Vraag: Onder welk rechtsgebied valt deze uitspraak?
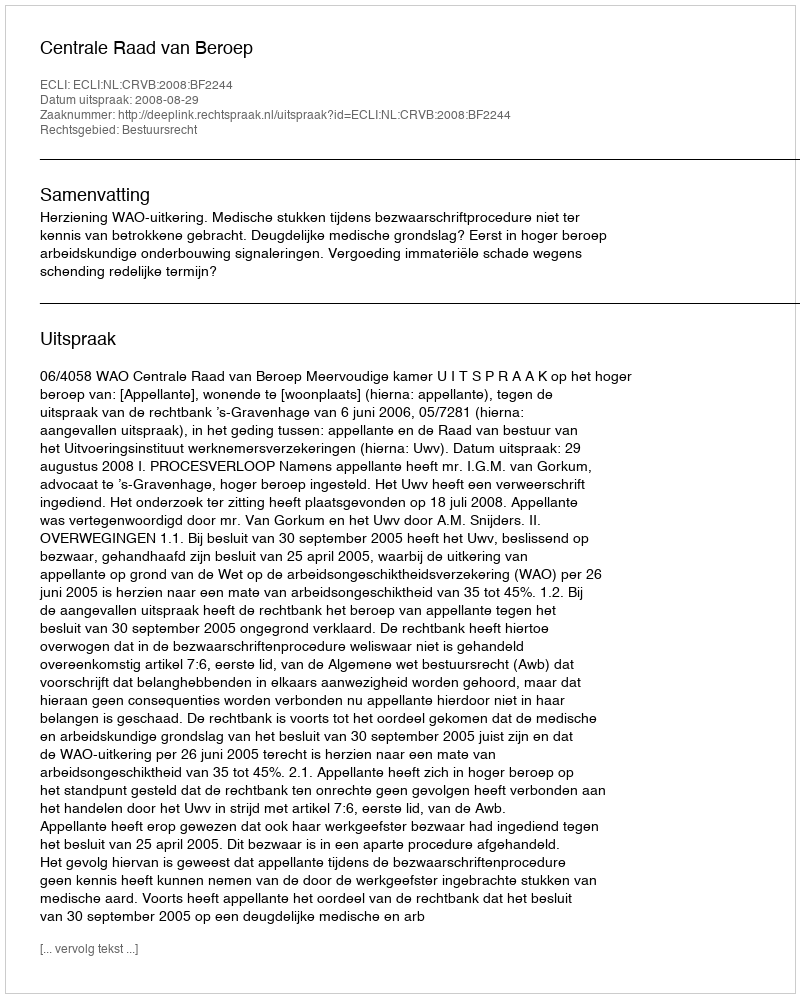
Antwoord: Bestuursrecht